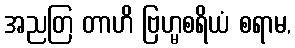
အညတြ တာဟိ ဗြဟ္မစရိယံ စရာမ,